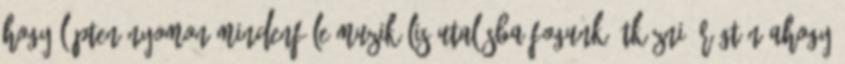
hogy lépten-nyomon mindenféle muzikális utalásba fogunk ütközni. Rögtön ahogy